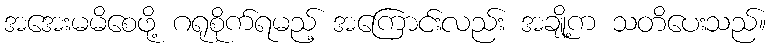
အအေးမမိစေဖို့ ဂရုစိုက်ရမည့် အကြောင်းလည်း အချို့က သတိပေးသည်။